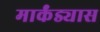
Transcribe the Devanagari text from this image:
मार्कंड्यास